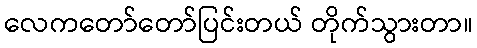
လေကတော်တော်ပြင်းတယ် တိုက်သွားတာ။